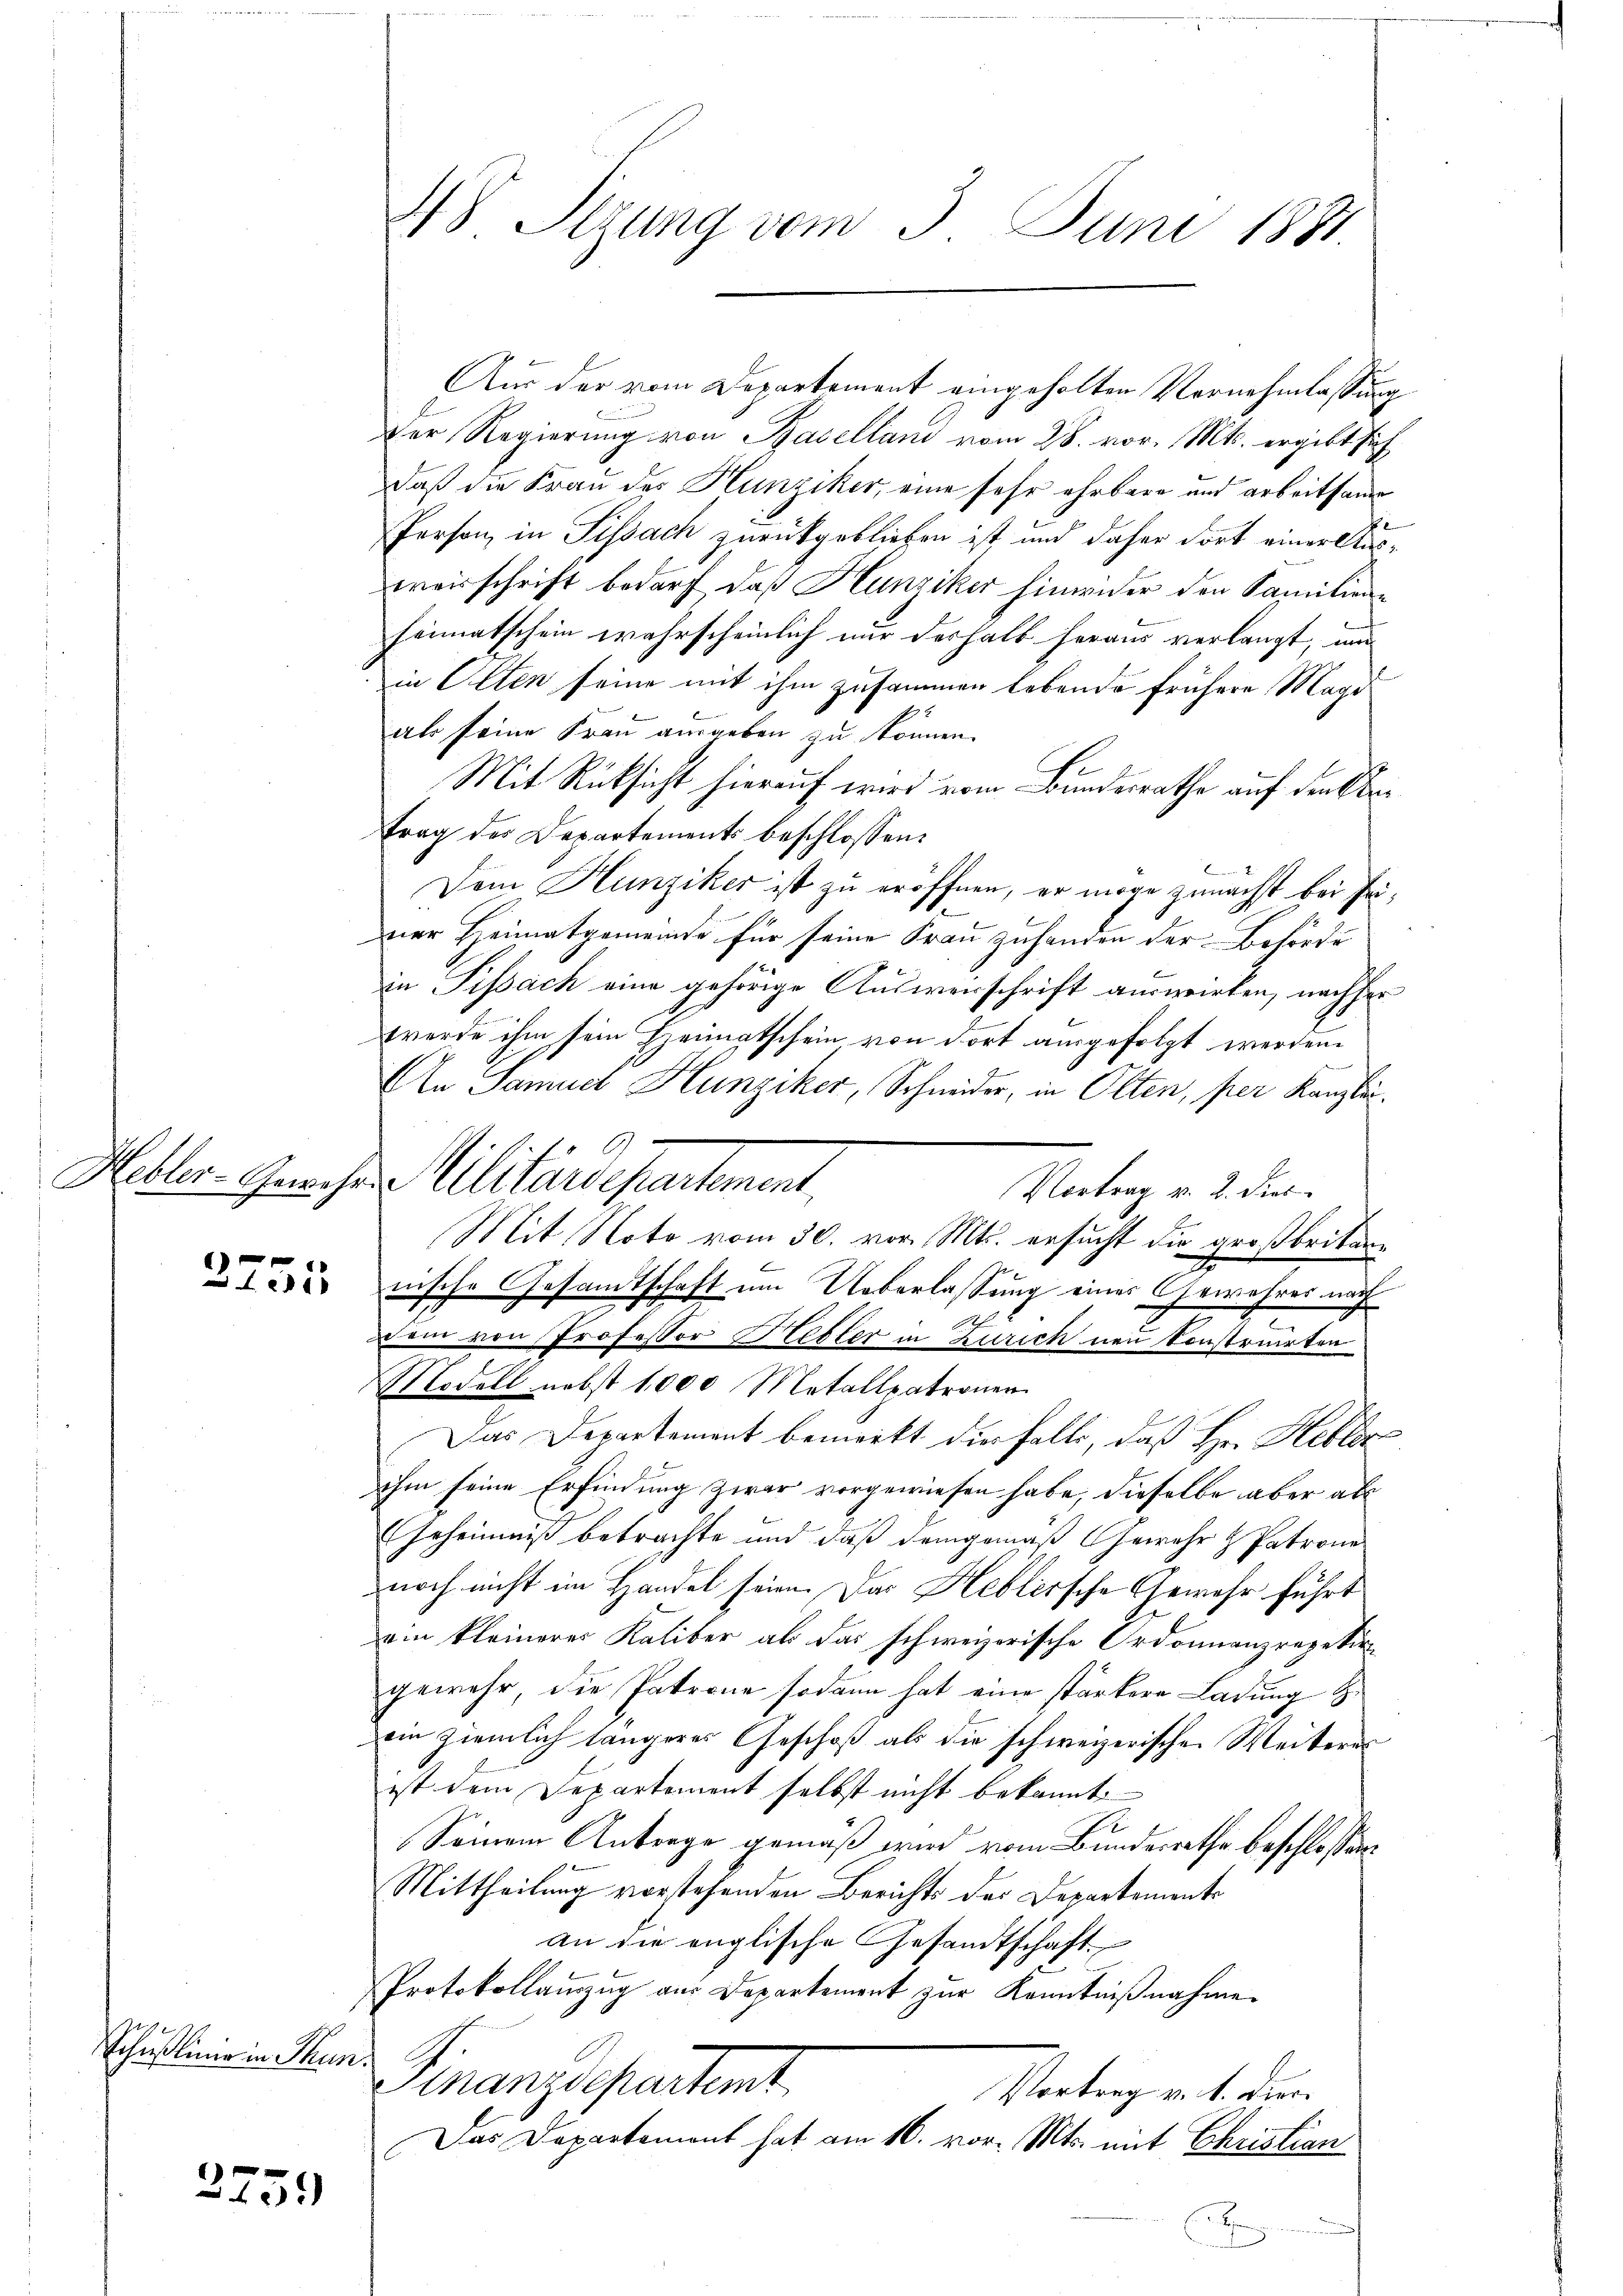
3755

Schußlinie in Thun.

2751

Aus der vom Departement eingeholten Vernehmlassung
Der Regierung von Baselland vom 28. vor. Mts. ergibt sich
daß die Frau der Hunziker, eine sehr ehrbare und arbeitsame
Person, in Sissach zurückgeblieben ist und daher dort einer Ausweisschrift bedarf, daß Hunziker hinwider den Familiene
heimatschein wahrscheinlich nur deshalb heraus verlangt, und
in Olten seine mit ihm zusammen lebende frühere Magi
als seine Frau ausgeben zu können.
Mit Rücksicht hierauf wird vom Bundesrathe auf den Antrag des Departements beschlossen:
Dem Hunziker ist zu eröffnen, er möge zunächst bei Priner Heimatgemeinde für seine Frau zuhanden der Behörde
in Pissach eine gehörige Auswerschrift auswirken, nachher
werde ihm sein Heimatschein von dort ausgefolgt werden.
Aln Samud Hunziker, Schneider, in Olten, per Kanzlei¬
Vortrag v. 2. Dies
Mit Noto vom 30. vor. Mts. ersucht die großbritannische Gesandtschaft um Ueberlassung eines Gewehres nach
am von Professor Hebler in Zürich neu konstruirten
Modell nebst 1000 Metallpatronen
Das Departement bemerkt die falls, daß Hr. Hebler
ihm seine Erfindung zwar vorgewiesen habe, dieselbe aber abs
Geheimniß betrachte und daß demgemäß Gewehr & Patrone
noch nicht im Handel seien. Das Heblersche Gewehr führt
ein kleineres Kaliber als das schweizerische Ordonnanzrapekirgewehr, die Patrone sodann hat eine stärkere Ladung z
ein ziemlich längeres Geschoß als die schweizerischen Weiteres
ist dem Departement selbst nicht bekannt.
E
Seinem Antrage gemäß wird vom Bunderrathe beschlossen
Mittheilung vorstehenden Berichts des Departemente
an die englische Gesandtschaft.
Protokollamzug aus Departement zur Kenntnißnahme.
Finanzdepartet.
Vertrag v. 1. den
Das Departement hat am 16. vor. Mts. mit Christian
x

48 Stzung vom 3. Juni 1881

9
Hebler-Gewehe Militärdepartement,